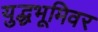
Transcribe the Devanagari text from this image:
युद्धभूमिवर